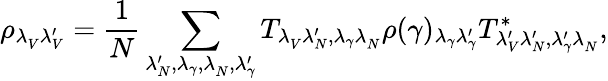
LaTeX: \rho_{\lambda_{V}^{}\lambda_{V}^{\prime}}=\frac{1}{N}\sum_{\lambda_{N}^{\prime},\lambda_{\gamma},\lambda_{N}^{},\lambda_{\gamma}^{\prime}}T_{\lambda_{V}^{}\lambda_{N}^{\prime},\lambda_{\gamma}\lambda_{N}^{}}\rho(\gamma)_{\lambda_{\gamma}\lambda_{\gamma}^{\prime}}T_{\lambda_{V}^{\prime}\lambda_{N}^{\prime},\lambda_{\gamma}^{\prime}\lambda_{N}^{}}^{*},